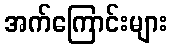
အက်ကြောင်းများ